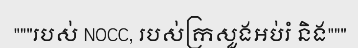
"""របស់ NOCC, របស់ក្រសួងអប់រំ និង"""